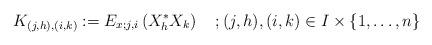
LaTeX: \begin{align*}K_{(j,h),(i,k)}:=E_{x;j,i}\left(X_{h}^*X_{k}\right)\quad; (j,h), (i,k)\in I\times \{1, \dots,n\}\end{align*}